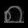
Digit: ၈